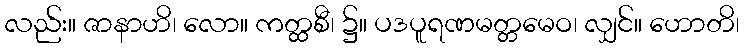
လည်း။ ဇာနာဟိ၊ လော။ ကတ္ထစီ၊ ၌။ ပဒပူရဏမတ္တမေဝ၊ လျှင်။ ဟောတိ၊